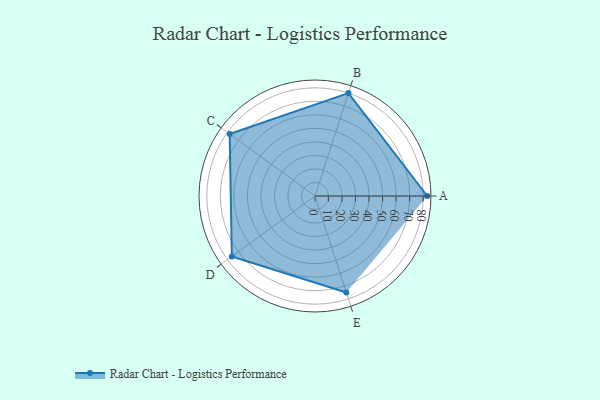
{"axis": {"x": "Skill", "y": "Score"}, "legend": ["Profile"], "data": [{"x": "A", "y": 83.0, "type": "Profile"}, {"x": "B", "y": 80.0, "type": "Profile"}, {"x": "C", "y": 78.0, "type": "Profile"}, {"x": "D", "y": 76.0, "type": "Profile"}, {"x": "E", "y": 75.0, "type": "Profile"}]}